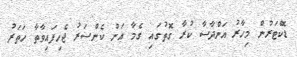
ޑޮކްޓަރުން މިހާރު އަންދާސާ ކުރާ ގޮތުގައި ގެމާ އަށް ކެންސަރު ޖެހިފައިވާތާ ހަތަރު